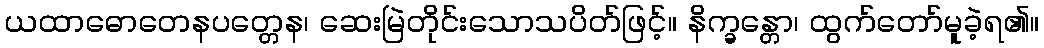
ယထာဓောတေနပတ္တေန၊ ဆေးမြဲတိုင်းသောသပိတ်ဖြင့်။ နိက္ခန္တော၊ ထွက်တော်မူခဲ့ရ၏။